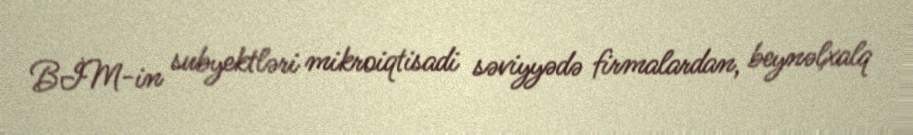
BİM-in subyektləri mikroiqtisadi səviyyədə firmalardan, beynəlxalq